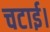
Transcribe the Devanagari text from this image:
चटाई।